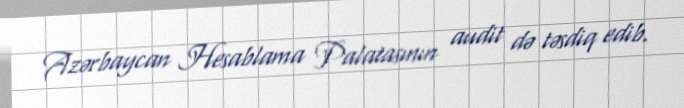
Azərbaycan Hesablama Palatasının audit də təsdiq edib.